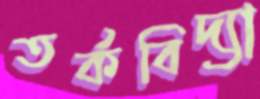
তর্কবিদ্যা